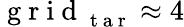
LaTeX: \mathrm{~g~r~i~d~}_{\mathrm{~t~a~r~}}\approx 4